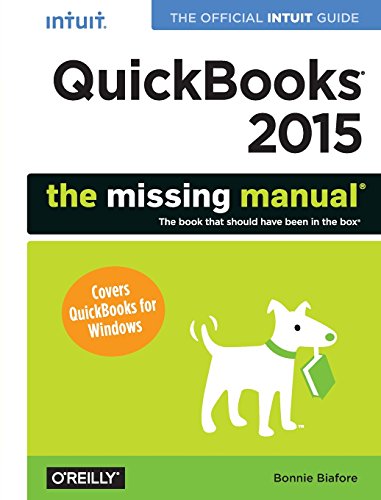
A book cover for QuickBooks 2015: The Missing Manual: The Official Intuit Guide to QuickBooks 2015; Bonnie Biafore; Computers & Technology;